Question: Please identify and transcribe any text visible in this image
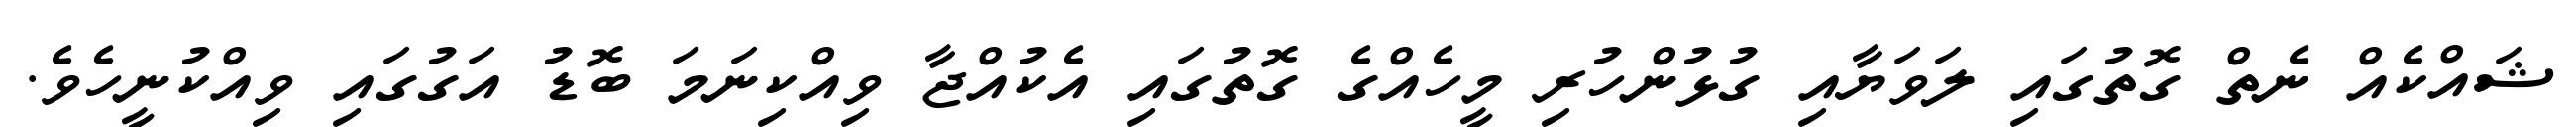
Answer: ޝައްކެއް ނެތް ގޮތުގައި ލަވަޔާއި ގުޅުންހުރި މީހެއްގެ ގޮތުގައި އެކުއްޖާ ވިއްކިނަމަ ބޮޑު އަގުގައި ވިއްކުނީހެވެ.